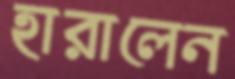
হারালেন